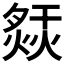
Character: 𤍙